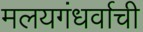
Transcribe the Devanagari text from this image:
मलयगंधर्वाची